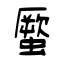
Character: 蟨